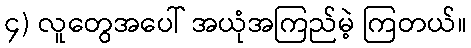
၄) လူတွေအပေါ် အယုံအကြည်မဲ့ ကြတယ်။